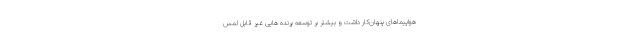
هواپیماهای پنهان‌کار داشت و بیشتر بر توسعه پرنده هایی غیر قابل لمس